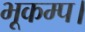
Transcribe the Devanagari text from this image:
भूकम्प।